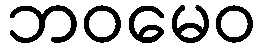
ဘဝမေဝ